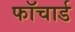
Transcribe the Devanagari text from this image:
फॉचार्ड